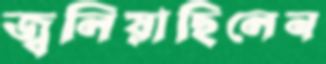
জ্বলিয়াছিলেন